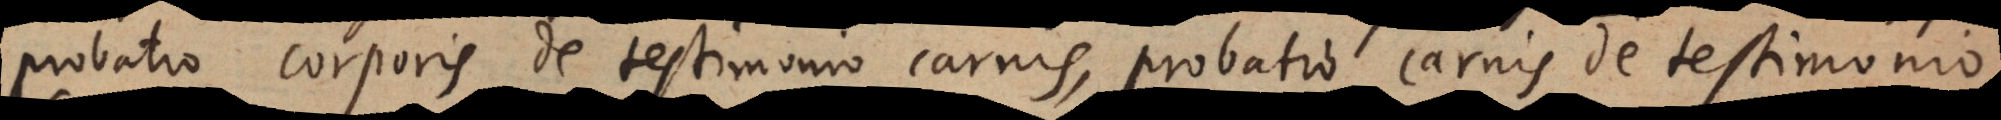
probatio corporis de testimonio carnis, probatio carnis de testimonio